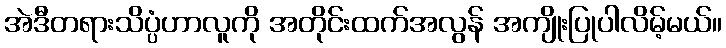
အဲဒီတရားသိပ္ပံဟာလူကို အတိုင်းထက်အလွန် အကျိုးပြုပါလိမ့်မယ်။